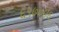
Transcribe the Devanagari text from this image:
६५७०४६